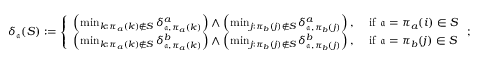
\delta _ { \mathfrak a } ( S ) : = \left\{ \begin{array} { l l } { \left( \operatorname* { m i n } _ { k : \pi _ { a } ( k ) \notin S } \delta _ { \mathfrak a , \pi _ { a } ( k ) } ^ { a } \right) \wedge \left( \operatorname* { m i n } _ { j : \pi _ { b } ( j ) \notin S } \delta _ { \mathfrak a , \pi _ { b } ( j ) } ^ { a } \right) , } & { \ \mathrm { i f ~ } \mathfrak a = \pi _ { a } ( i ) \in S } \\ { \left( \operatorname* { m i n } _ { k : \pi _ { a } ( k ) \notin S } \delta _ { \mathfrak a , \pi _ { a } ( k ) } ^ { b } \right) \wedge \left( \operatorname* { m i n } _ { j : \pi _ { b } ( j ) \notin S } \delta _ { \mathfrak a , \pi _ { b } ( j ) } ^ { b } \right) , } & { \ \mathrm { i f ~ } \mathfrak a = \pi _ { b } ( j ) \in S } \end{array} \right. ;